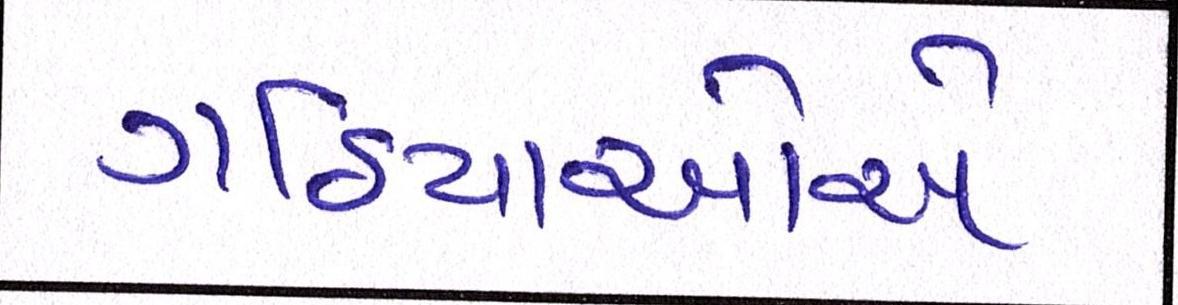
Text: ગઠિયાઓએ